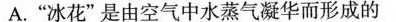
A.”冰花”是由空气中水蒸气凝华而形成的